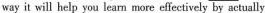
way it will help you lean more effectively by actually